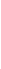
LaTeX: \! \! \! \! \! \! \! \! \! \! \! \! \! \! \! \! \! \! \! \! \! \! \! Z\! \! \! \! \! \! \! \! \! \! \! \! ^{s}\! \! \! \! \! \! \! \! \! \! \! \! (\! \! \! \! \! \! \! \! \! \! \! \! \mathbf{x}\! \! \! \! \! \! \! \! \! \! \! \! )\! \! \! \! \! \! \! \! \! \! \! \! =\! \! \! \! \! \! \! \! \! \! \! \! \! \! \! \! \! \! \! \! \! \! \! \! \frac{F\! \! \! \! \! \! \! \! \! \! \! \! ^{\! }\! \! \! \! \! \! \! \! \! \! \! -\! \! \! \! \! \! \! \! \! \! \! \! f\! \! \! \! \! \! \! \! \! \! \! \! (\! \! \! \! \! \! \! \! \! \! \! \! \mathbf{x}\! \! \! \! \! \! \! \! \! \! \! \! )\! \! \! \! \! \! \! \! \! \! \! \! F\! \! \! \! \! \! \! \! \! \! \! \! ^{\! }\! \! \! \! \! \! \! \! \! \! \! +\! \! \! \! \! \! \! \! \! \! \! \! (\! \! \! \! \! \! \! \! \! \! \! \! \mathbf{x}\! \! \! \! \! \! \! \! \! \! \! \! )\! \! \! \! \! \! \! \! \! \! \! \! -\! \! \! \! \! \! \! \! \! \! \! \! F\! \! \! \! \! \! \! \! \! \! \! \! ^{\! }\! \! \! \! \! \! \! \! \! \! \! +\! \! \! \! \! \! \! \! \! \! \! \! f\! \! \! \! \! \! \! \! \! \! \! \! (\! \! \! \! \! \! \! \! \! \! \! \! \mathbf{x}\! \! \! \! \! \! \! \! \! \! \! \! )\! \! \! \! \! \! \! \! \! \! \! \! F\! \! \! \! \! \! \! \! \! \! \! \! ^{\! }\! \! \! \! \! \! \! \! \! \! \! -\! \! \! \! \! \! \! \! \! \! \! \! (\! \! \! \! \! \! \! \! \! \! \! \! \mathbf{x}\! \! \! \! \! \! \! \! \! \! \! \! )}{F\! \! \! \! \! \! \! \! \! \! \! \! ^{\! }\! \! \! \! \! \! \! \! \! \! \! -\! \! \! \! \! \! \! \! \! \! \! \! f\! \! \! \! \! \! \! \! \! \! \! \! (\! \! \! \! \! \! \! \! \! \! \! \! \mathbf{x}\! \! \! \! \! \! \! \! \! \! \! \! )\! \! \! \! \! \! \! \! \! \! \! \! \! \! \! \! \! \! \! \! \! \! \! \! -\! \! \! \! \! \! \! \! \! \! \! \! F\! \! \! \! \! \! \! \! \! \! \! \! ^{\! }\! \! \! \! \! \! \! \! \! \! \! +\! \! \! \! \! \! \! \! \! \! \! \! f\! \! \! \! \! \! \! \! \! \! \! \! (\! \! \! \! \! \! \! \! \! \! \! \! \mathbf{x}\! \! \! \! \! \! \! \! \! \! \! \! )\! \! \! \! \! \! \! \! \! \! \! \! }\! \! \! \! \! \! \! \! \! \! \! \! ,\! \! \! \! \! \! \! \! \! \! \! \! ,\! \! \! \! \! \! \! \! \! \! \! \! ,\! \! \! \! \! \! \! \! \! \! \! \! \! \! \! \! \! \! \! \! \! \! \! \! \mathrm{for}\! \! \! \! \! \! \! \! \! \! \! \! \! \! \! \! \! \! \! \! \! \! \! \! ,\! \! \! \! \! \! \! \! \! \! \! \! ,\! \! \! \! \! \! \! \! \! \! \! \! \! \! \! \! \! \! \! \! \! \! \! \! \mathbf{x}\! \! \! \! \! \! \! \! \! \! \! \! \in\! \! \! \! \! \! \! \! \! \! \! \! \! \! \! \! \! \! \! \! \! \! \! \! \Sigma\! \! \! \! \! \! \! \! \! \! \! \! .\! \! \! \! \! \! \! \! \! \! \! \! \! \! \! \! \! \! \! \! \! \! \!